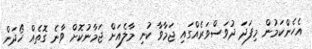
އެހެންކަމުން މިފަދަ ދުވަސްވަރެއްގައި ޖަމާވާ ކުނި މާލެއަށް ޖަމާނުކޮށް ވާނެ ގޮތެއް ހޯދަން